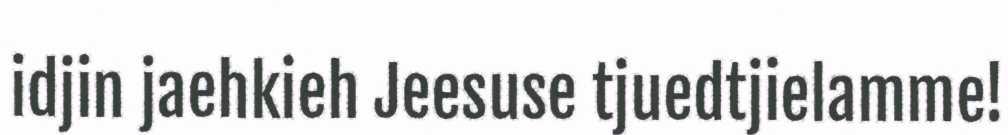
idjin jaehkieh Jeesuse tjuedtjielamme!